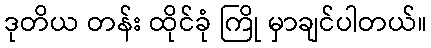
ဒုတိယ တန်း ထိုင်ခုံ ကြို မှာချင်ပါတယ်။